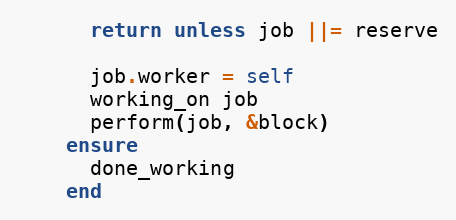
Language: Ruby
      return unless job ||= reserve

      job.worker = self
      working_on job
      perform(job, &block)
    ensure
      done_working
    end